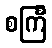
စင်္ကြ